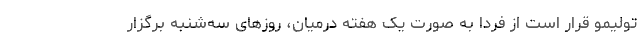
تولیمو قرار است از فردا به صورت یک هفته درمیان، روزهای سه‌شنبه برگزار